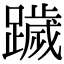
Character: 䠩